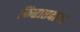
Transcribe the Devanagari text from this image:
किराएदार।